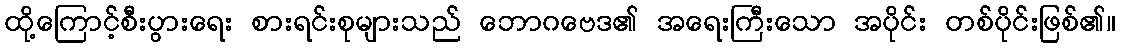
ထို့ကြောင့်စီးပွားရေး စားရင်းစုများသည် ဘောဂဗေဒ၏ အရေးကြီးသော အပိုင်း တစ်ပိုင်းဖြစ်၏။